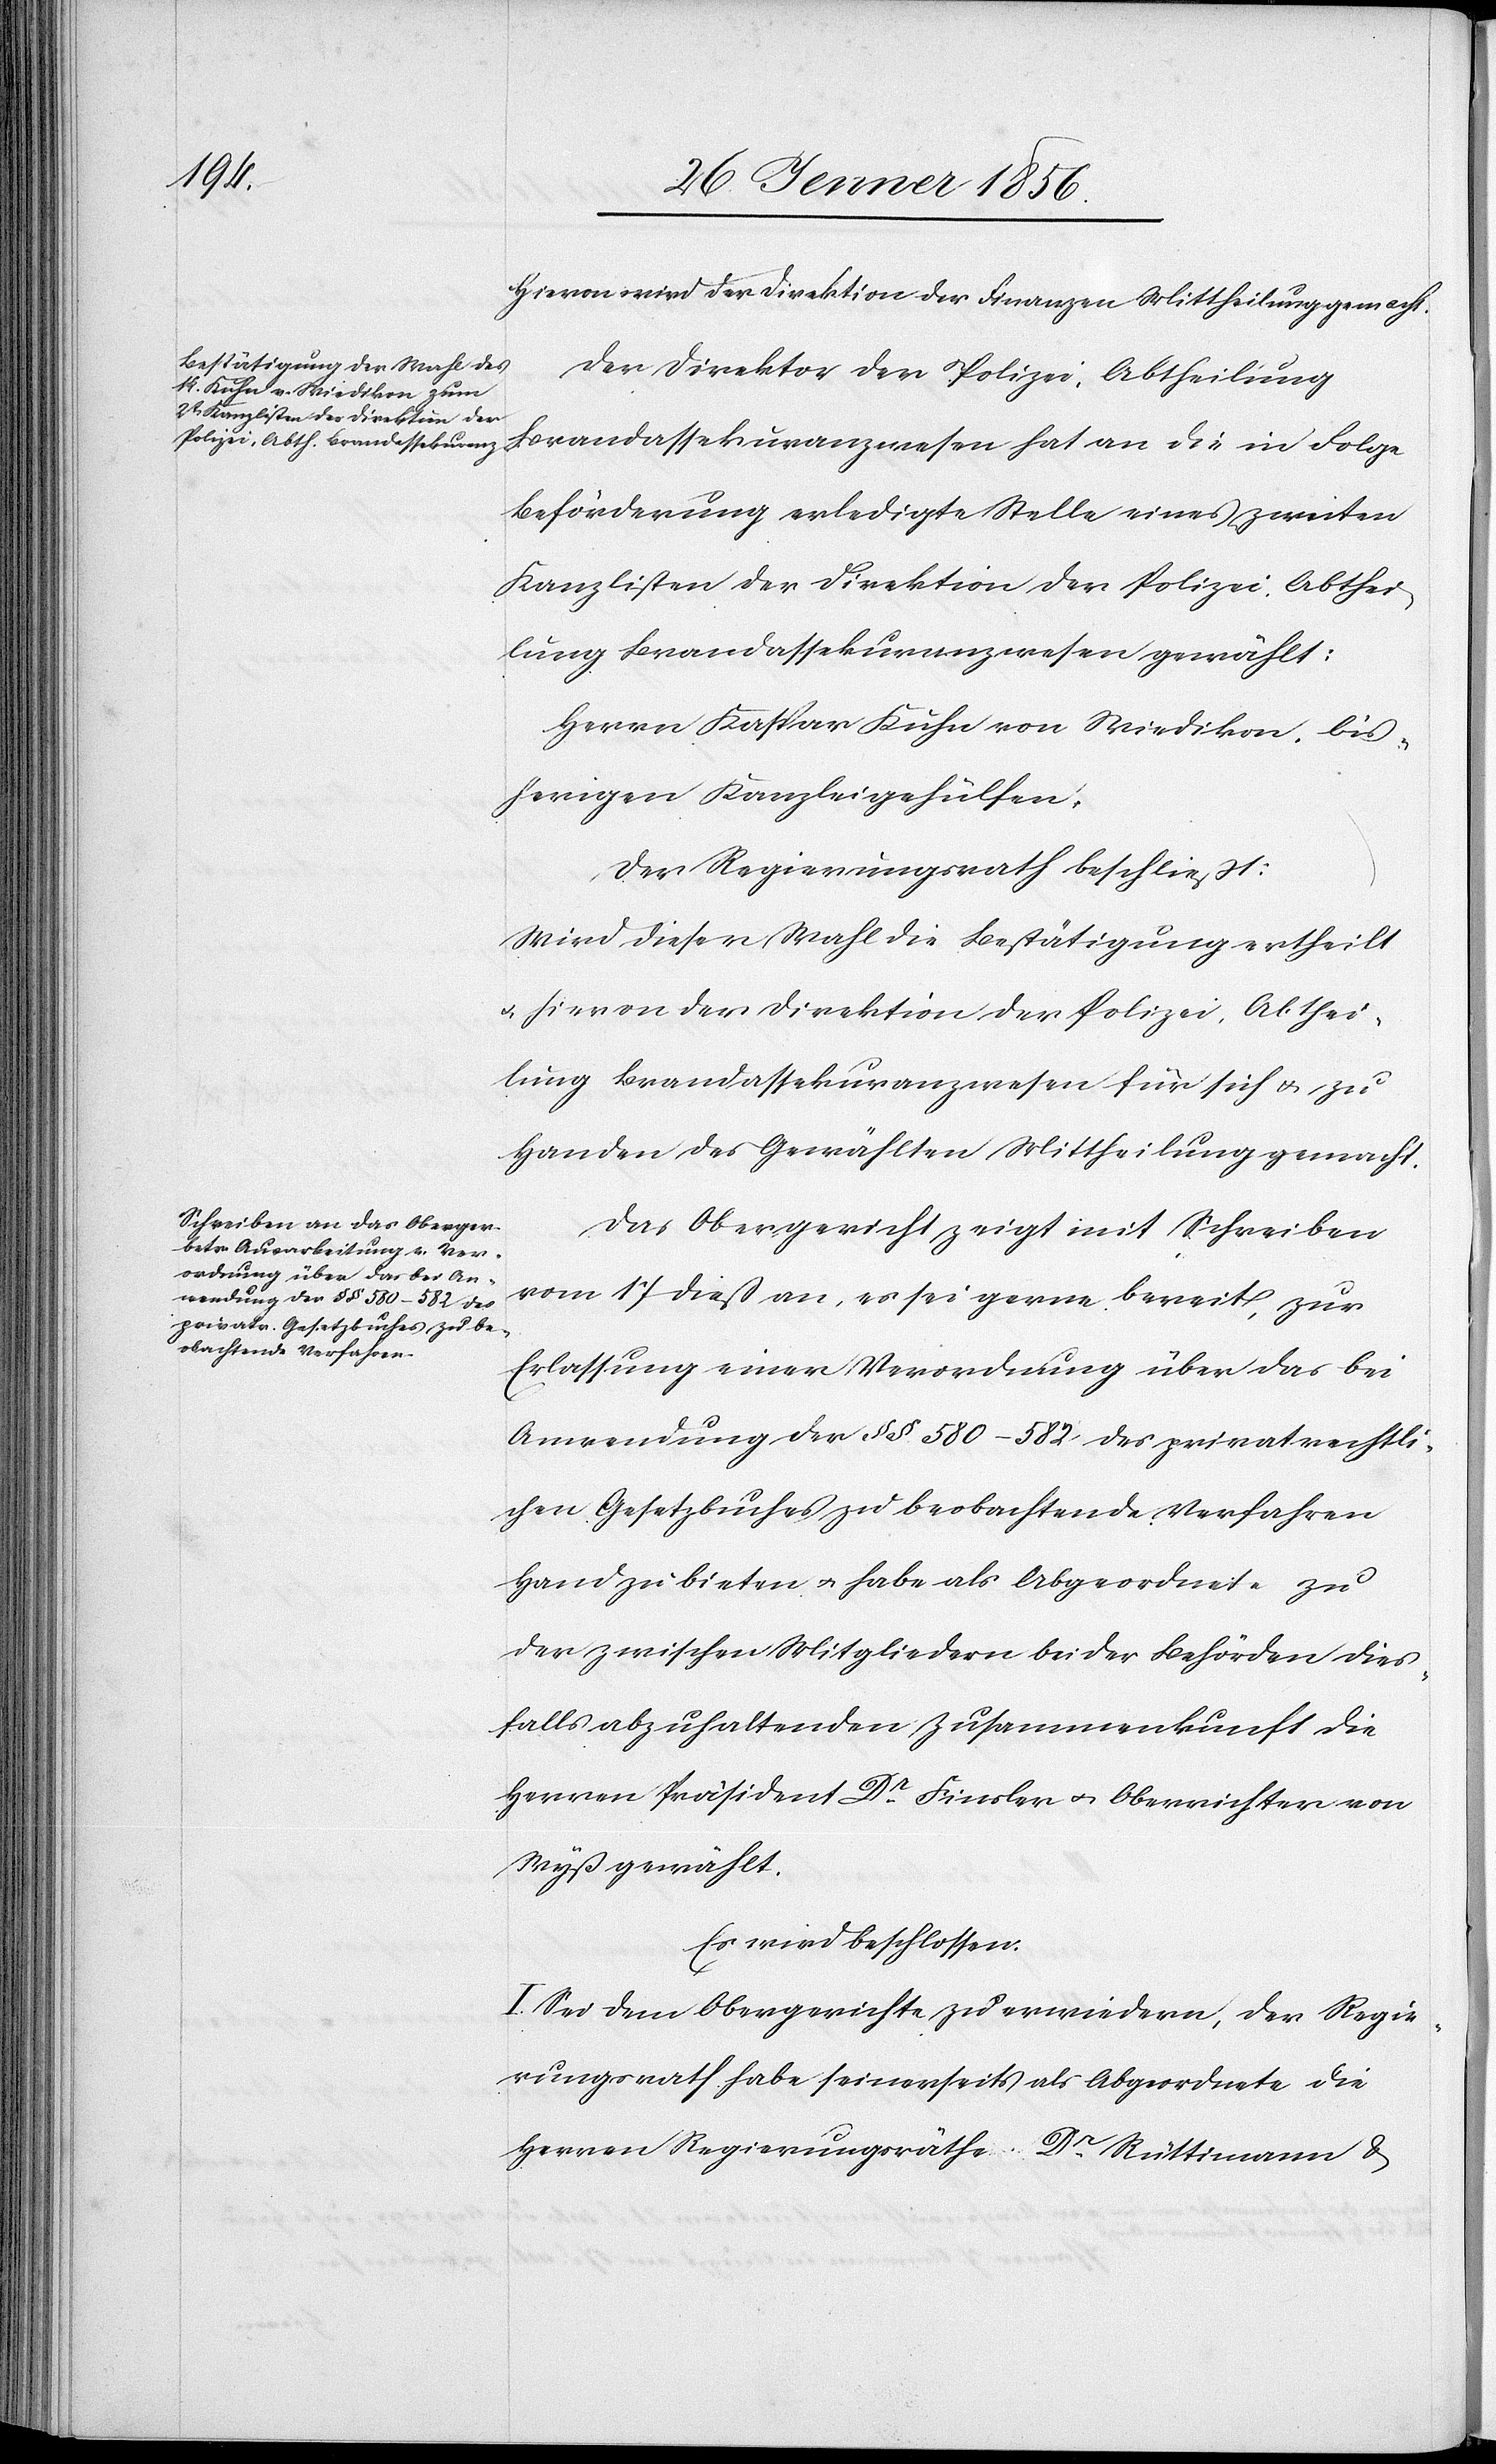
Hievon wird der Direktion der Finanzen Mittheilung gemacht.
Der Direktor der Polizei: Abtheilung
Beförderung erledigte Stelle eines zweiten
Kanzlisten der Direktion der Polizei, Abthei¬
lung Brandassekuranzwesen gewählt:
Herrn Kaspar Kuhn von Wiedikon, bis¬
herigen Kanzleigehülfen.
Der Regierungsrath beschließt:
Wird dieser Wahl die Bestätigung ertheilt
u. hievon der Direktion der Polizei, Abthei¬
lung Brandassekuranzwesen für sich u. zu
Handen des Gewählten Mittheilung gemacht.
Das Obergericht zeigt mit Schreiben
vom 17 dieß an, es sei gerne bereit, zur
Erlassung einer Verordnung über das bei
Anwendung der §§ 580–582 des privatrechtli¬
chen Gesetzbuches zu beobachtende Verfahren
Hand zu bieten u. habe als Abgeordnete zu
der zwischen Mitgliedern beider Behörden dies¬
falls abzuhaltenden Zusammenkunft die
Herren Präsident Dr Finsler u. Oberrichter von
Wyß gewählt.
Es wird beschlossen:
I. Sei dem Obergerichte zu erwiedern, der Regie¬
rungsrath habe seinerseits als Abgeordnete die
Herren Regierungsräthe Dr Rüttimann &